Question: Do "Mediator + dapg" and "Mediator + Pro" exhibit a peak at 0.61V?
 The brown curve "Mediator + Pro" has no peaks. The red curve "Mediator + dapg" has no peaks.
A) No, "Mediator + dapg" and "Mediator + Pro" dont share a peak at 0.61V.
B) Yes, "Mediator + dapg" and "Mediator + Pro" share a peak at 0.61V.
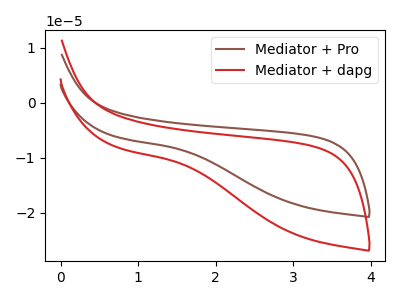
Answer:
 <answer>A) No, "Mediator + dapg" and "Mediator + Pro" dont share a peak at 0.61V.</answer>
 <eval>A</eval>